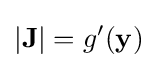
|\mathbf {J} |=g'(\mathbf {y} )